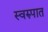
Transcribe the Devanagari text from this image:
स्‍वरुपात